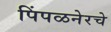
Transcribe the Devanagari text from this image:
पिंपळनेरचे